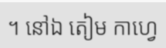
។ នៅឯ តៀម កាហ្វេ